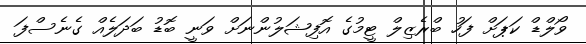
ވޯލްޑް ކަޕަށް ފަހު ބްރެޒިލް ޓީމުގެ އޮފިޝަލުންނަށް ވަނީ ބޮޑު ބަދަލެއް ގެނެސްފަ